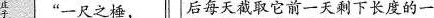
庄子”一尺之棰， 后每天截取它前一天剩下长度的一